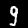
Label: 9